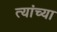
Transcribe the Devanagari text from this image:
त्यांच्या